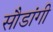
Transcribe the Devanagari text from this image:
सौडांगी